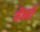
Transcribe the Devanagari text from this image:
मैंमरी